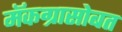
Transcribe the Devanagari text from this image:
मॅकग्रासोबत